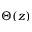
\Theta ( z )